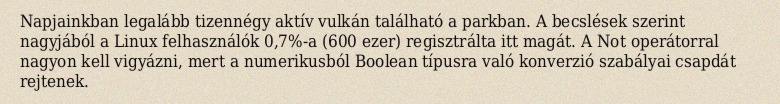
Napjainkban legalább tizennégy aktív vulkán található a parkban. A becslések szerint nagyjából a Linux felhasználók 0,7%-a (600 ezer) regisztrálta itt magát. A Not operátorral nagyon kell vigyázni, mert a numerikusból Boolean típusra való konverzió szabályai csapdát rejtenek.